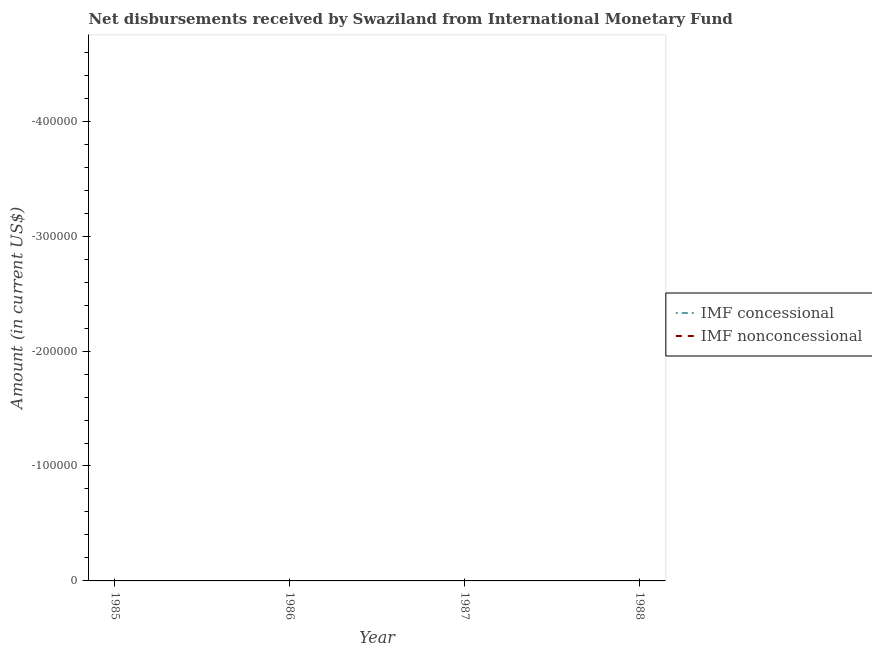
| Year | IMF concessional | IMF nonconcessional |
 | --- | --- | --- |
 | 1985 | -6.63e+05 | -9.91e+05 |
 | 1986 | -1.05e+06 | -1.9e+06 |
 | 1987 | -1.18e+06 | -4.42e+06 |
 | 1988 | -1.2e+06 | -3.02e+06 |